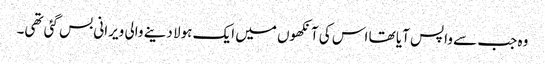
وہ جب سے واپس آیا تھا اس کی آنکھوں میں ایک ہولا دینے والی ویرانی بس گئی تھی۔